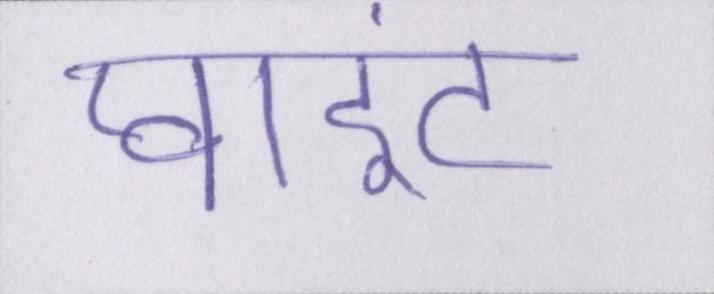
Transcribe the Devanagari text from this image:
प्वाइंट